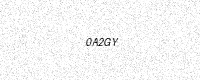
Text: 0A2GY